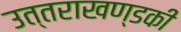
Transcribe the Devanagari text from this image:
उत्‍तराखण्‍डकी